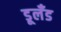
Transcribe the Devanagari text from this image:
डूलँड